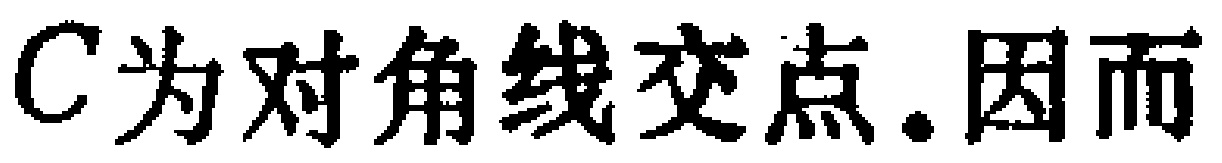
$C$为对角线交点.因而